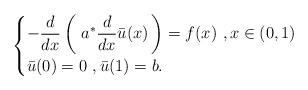
LaTeX: \begin{align*} \begin{cases} \displaystyle{ -\frac{d}{dx}\left( \,\, a^\ast \frac{d}{dx} \bar{u}(x) \, \right) } = f(x) \,\, , x\in (0,1) \\ \bar{u}(0) = 0 \,\,,\bar{u}(1) = b. \end{cases} \end{align*}